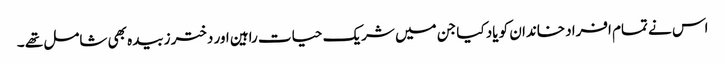
اس نے تمام افراد خاندان کو یاد کیا جن میں شریک حیات راہین اور دختر زبیدہ بھی شامل تھے ۔